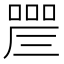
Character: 𠼛